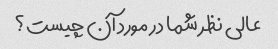
عالی نظر شما در مورد آن چیست؟